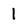
Character: 1